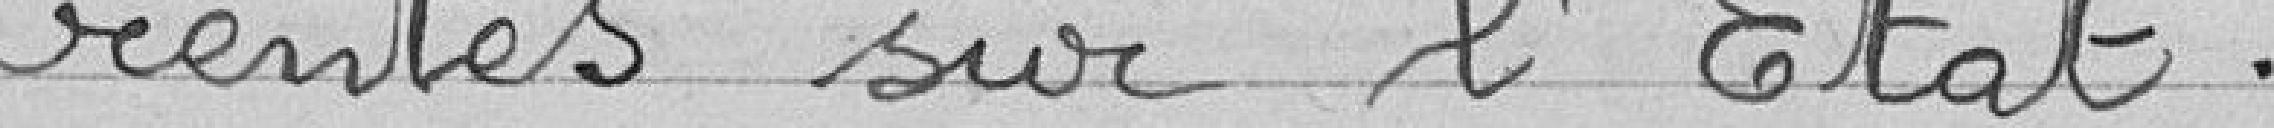
rentes sur l'État